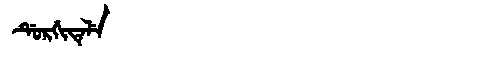
Manchu: ᡩᡠᡵᡤᡳᡨᡝᠯᡝ
Romanization: DURGITELE